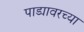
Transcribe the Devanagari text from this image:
पाड्यावरच्या